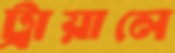
ট্রায়ালে